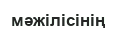
мәжілісінің